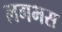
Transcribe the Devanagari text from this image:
लगभस